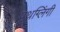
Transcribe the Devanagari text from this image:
पृथग्लिंगी